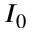
I _ { 0 }